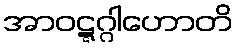
အာဝဋ္ဋဂ္ဂါဟောတိ